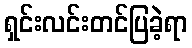
ရှင်းလင်းတင်ပြခဲ့ရာ